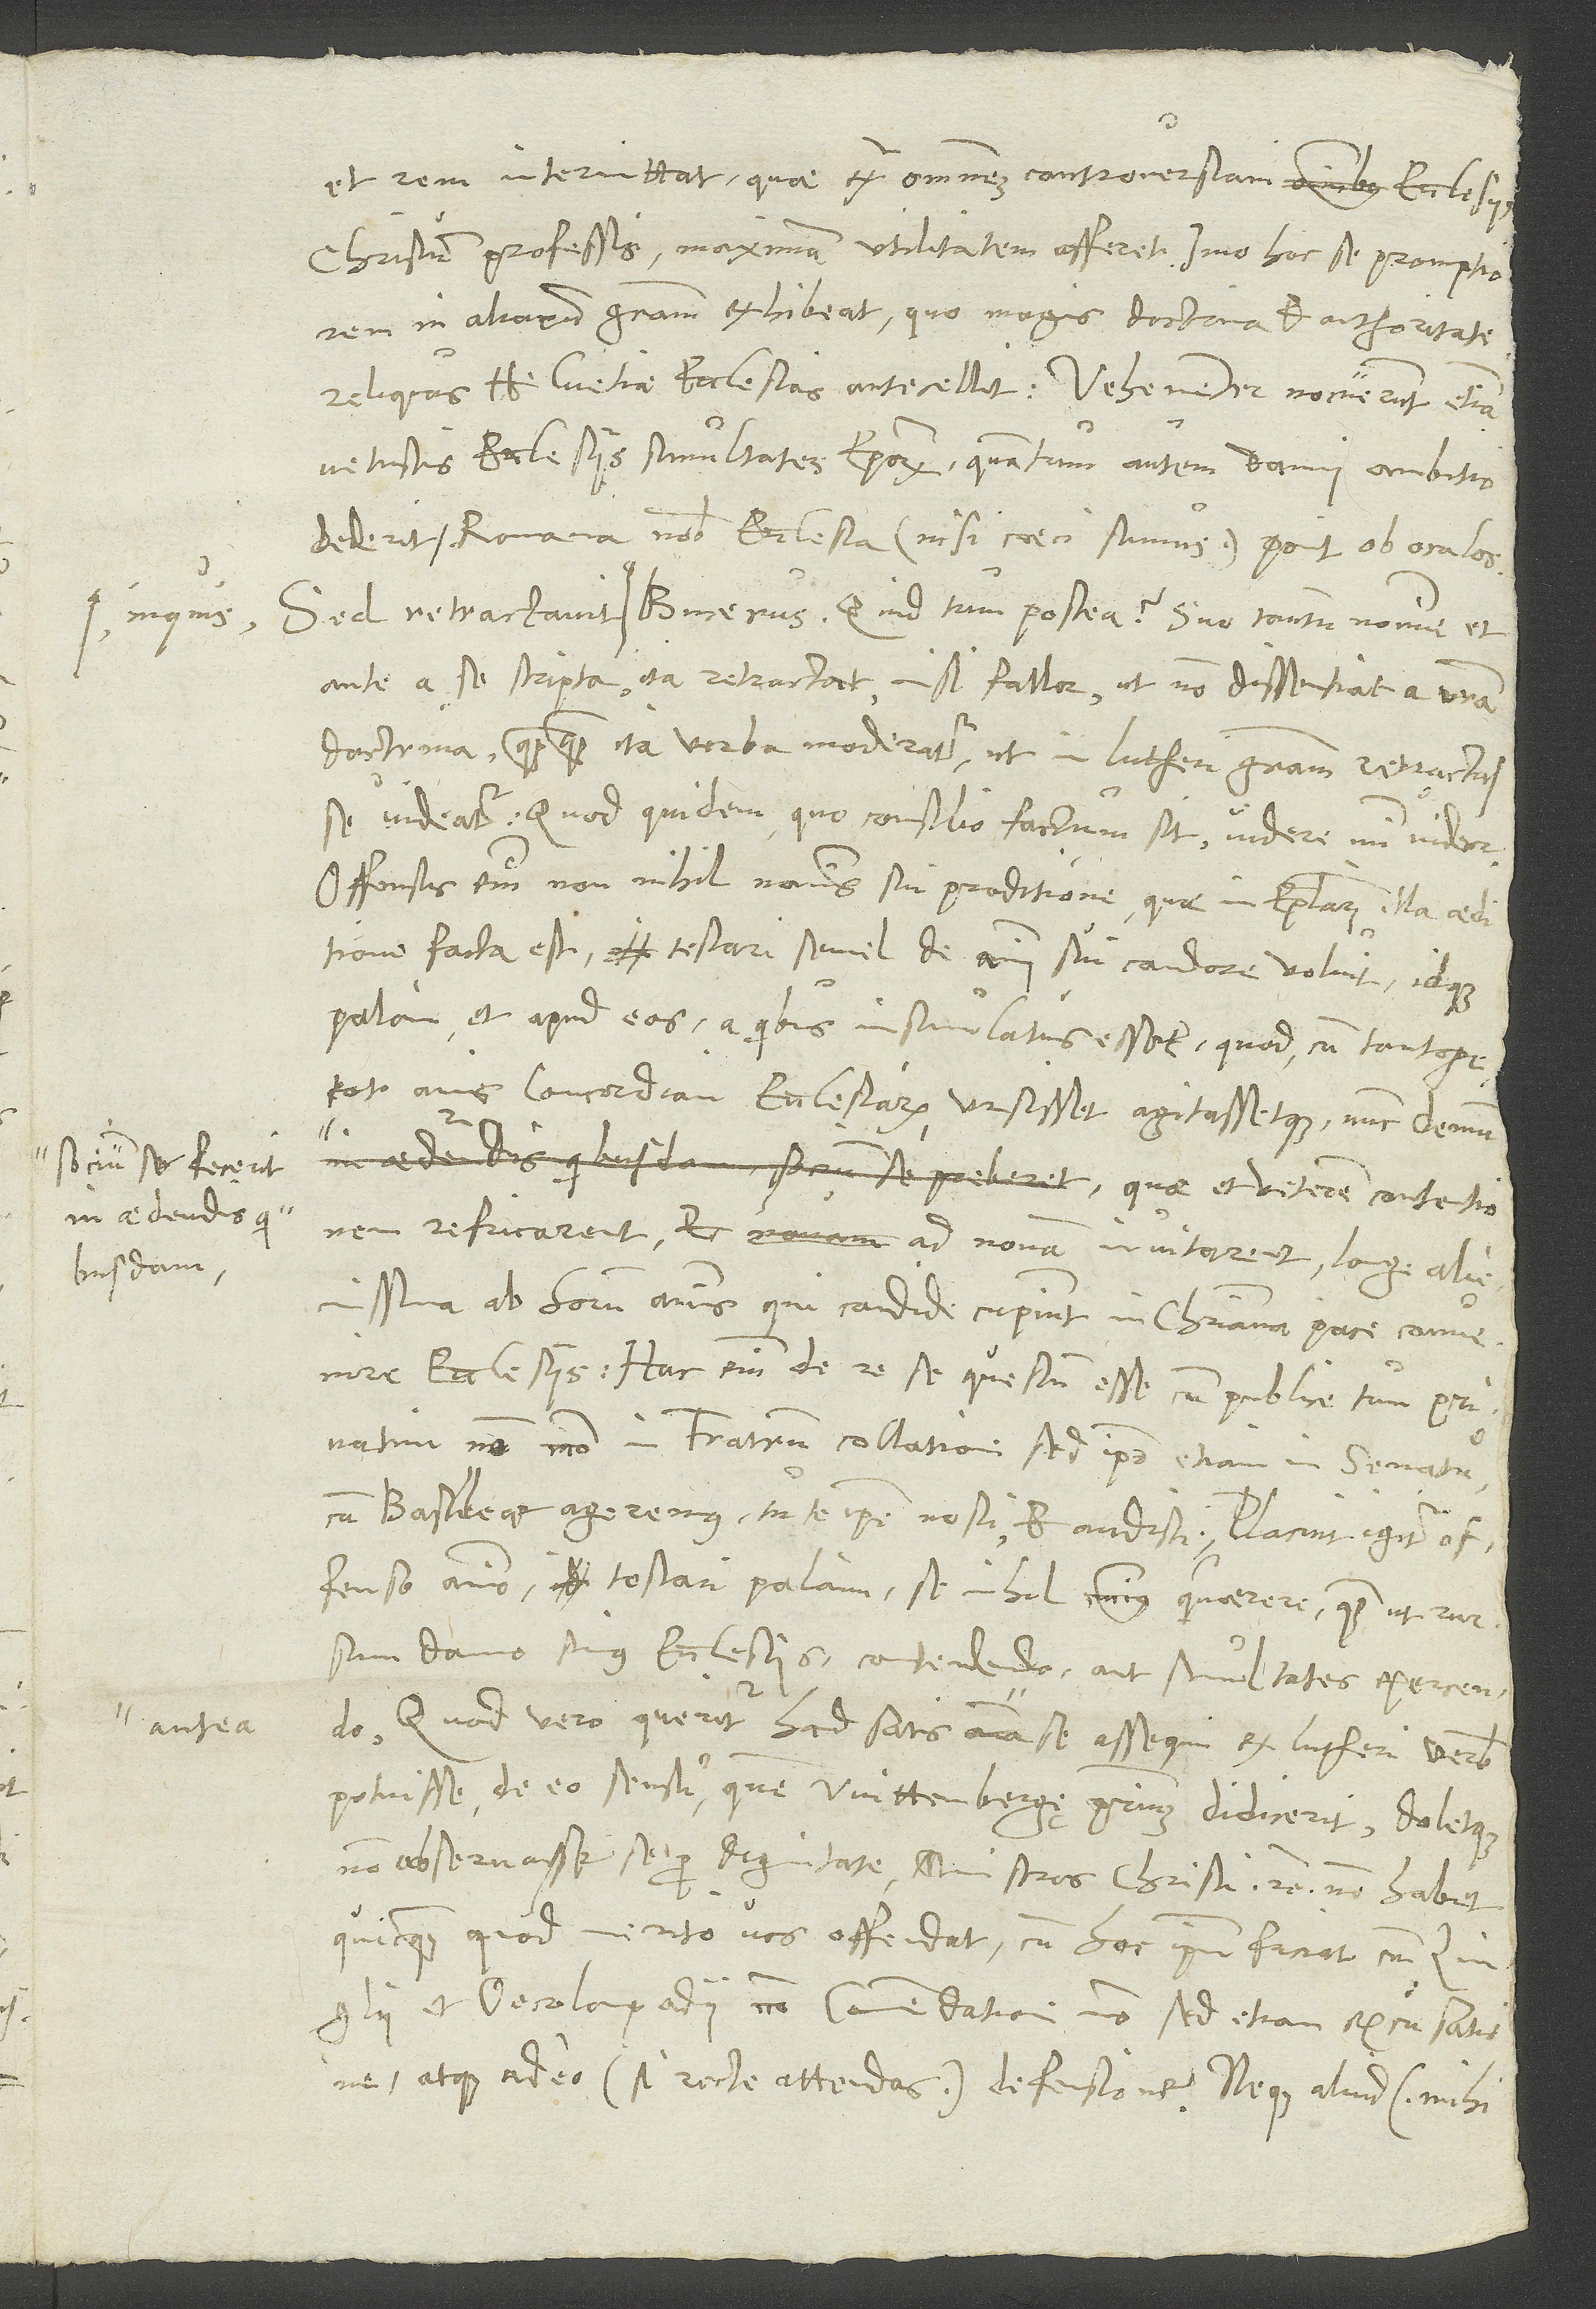
socium se fecerit

S.
et rem intermittat, quae extra omnem controversiam ecclesiis
Christum professis maximam utilitatem afferet, imo hoc se promptiorem
in aliarum gratiam exhibeat, quo magis doctrina et authoritate
reliquas Helvetiae ecclesias antecellit. Vehementer nocuerunt etiam
vetustis ecclesiis simultates episcoporum; quantum autem damni ambitio
dederit, Romana nobis ecclesia (nisi caeci sumus) ponit ob oculos.
ante a se scripta ita retractat, nisi fallor, ut non dissentiat a vestra
doctrina, quanquam ita verba moderatur, ut in Lutheri gratiam retractasse
videatur. Quod quidem quo consilio factum sit, videre mihi videor.
Offensus enim non nihil nominis sui proditione, quae in epistolari illa aeditione
facta est, testari semel de animi sui candore voluit, idque
palam et apud eos, a quibus insimulatus esset, quod, cum tantopere
tot annis concordiam ecclesiarum ursisset agitassetque, nunc demum
quae et veterem contentionem
refricarent et ad novam invitarent, longe
alienissima ab horum animis, qui candide cupiunt in christiana pace convenire
ecclesiis. Hac enim de re se questum esse cum publice tum privatim
non modo in fratrum collatione, sed ipso etiam in senatu,
cum Basileae ageremus, tute ipse nosti et audisti. Placuit igitur offenso
animo testari palam se nihil minus quaerere, quam ut rursum
damno simus ecclesiis contendendo aut simultates exercendo.
Quod vero Queritur haud satis antea se assequi ex Lutheri verbis
potuisse de eo sensu, quem Wittenbergę primum didicerit, doletque
non observasse se pro dignitate ministros Christi etc., non habet
quicquam, quod merito vos offendat, cum hoc ipsum faciat cum Zinglii
Oecolampadii non commendatione modo, sed etiam excusatione
atque adeo (si recte attendas) defensione. Neque aliud (mihi